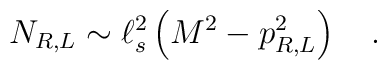
N_{R,L} \sim \ell_s^2 \left( M^2 - p_{R,L}^2 \right)\quad .